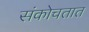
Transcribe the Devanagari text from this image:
संकोचतात